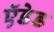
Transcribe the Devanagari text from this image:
ऍडेड